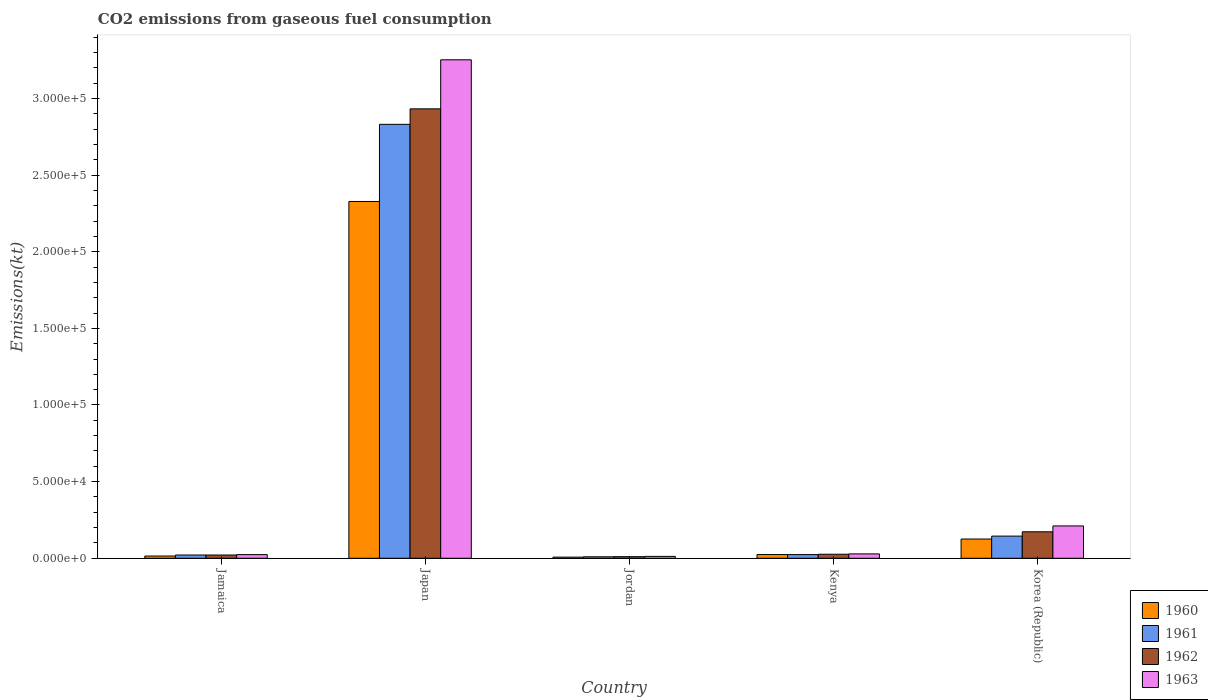
| Country | 1960 | 1961 | 1962 | 1963 |
 | --- | --- | --- | --- | --- |
 | Jamaica | 1.47e+03 | 2.13e+03 | 2.12e+03 | 2.4e+03 |
 | Japan | 2.33e+05 | 2.83e+05 | 2.93e+05 | 3.25e+05 |
 | Jordan | 744 | 979 | 1.05e+03 | 1.22e+03 |
 | Kenya | 2.43e+03 | 2.4e+03 | 2.63e+03 | 2.86e+03 |
 | Korea (Republic) | 1.26e+04 | 1.45e+04 | 1.73e+04 | 2.11e+04 |